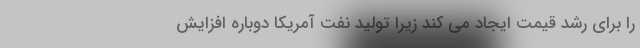
را برای رشد قیمت ایجاد می کند زیرا تولید نفت آمریکا دوباره افزایش